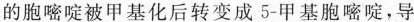
的胞嘧啶被甲基化后转变成5-甲基胞嘧啶，导